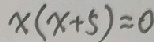
x ( x + 5 ) = 0